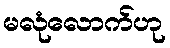
မလုံလောက်ဟု